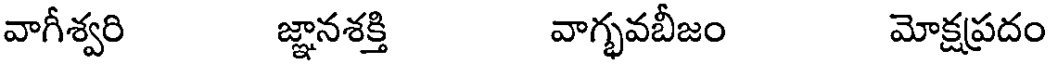
వాగీశ్వరి జ్ఞానశక్తి వాగ్భవబీజం మోక్షప్రదం